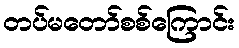
တပ်မတော်စစ်ကြောင်း